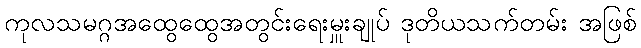
ကုလသမဂ္ဂအထွေထွေအတွင်းရေးမှူးချုပ် ဒုတိယသက်တမ်း အဖြစ်